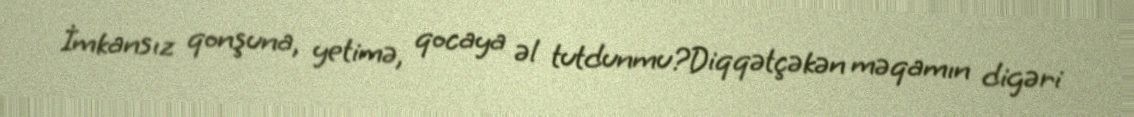
İmkansız qonşuna, yetimə, qocaya əl tutdunmu?Diqqətçəkən məqamın digəri